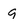
Character: g